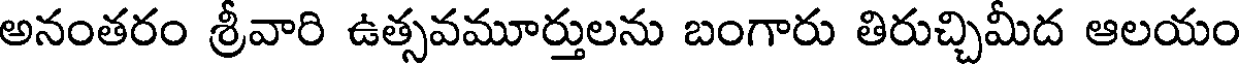
అనంతరం శ్రీవారి ఉత్సవమూర్తులను బంగారు తిరుచ్చిమీద ఆలయం